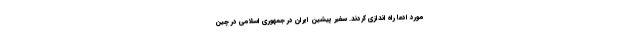
مورد ادعا راه اندازی کردند. سفیر پیشین ایران در جمهوری اسلامی در چین